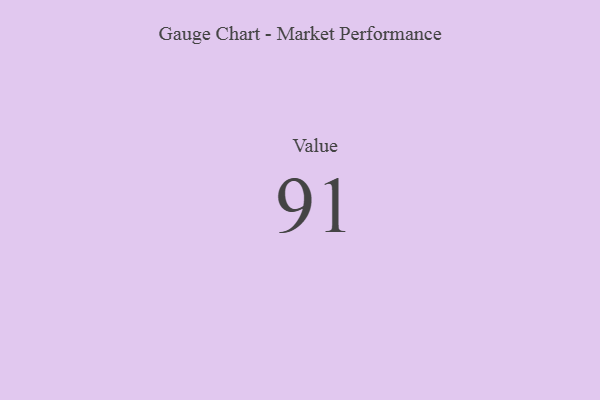
{"axis": {"x": "Metric", "y": "Value"}, "legend": [""], "data": [{"x": "Value", "y": 91, "type": ""}]}